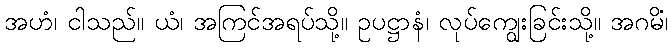
အဟံ၊ ငါသည်။ ယံ၊ အကြင်အရပ်သို့။ ဥပဋ္ဌာနံ၊ လုပ်ကျွေးခြင်းသို့။ အဂမိံ၊